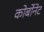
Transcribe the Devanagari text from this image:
कोर्बोनेट